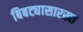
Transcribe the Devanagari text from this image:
बिबट्यासारखा